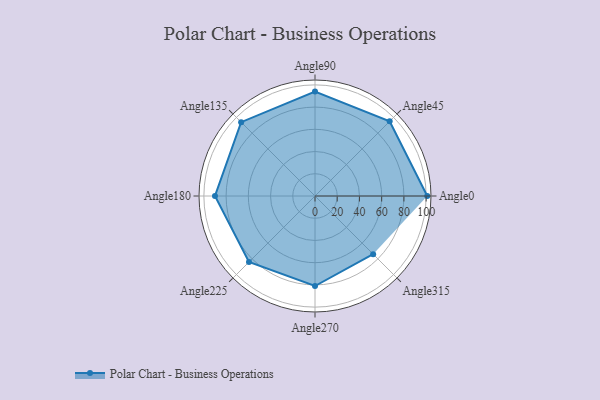
{"axis": {"x": "Angle", "y": "Radius"}, "legend": [""], "data": [{"x": "Angle0", "y": 101.0, "type": ""}, {"x": "Angle45", "y": 95.0, "type": ""}, {"x": "Angle90", "y": 94.0, "type": ""}, {"x": "Angle135", "y": 94.0, "type": ""}, {"x": "Angle180", "y": 90.0, "type": ""}, {"x": "Angle225", "y": 84.0, "type": ""}, {"x": "Angle270", "y": 81.0, "type": ""}, {"x": "Angle315", "y": 74.0, "type": ""}]}